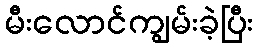
မီးလောင်ကျွမ်းခဲ့ပြီး